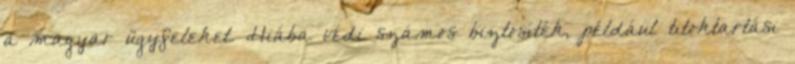
a magyar ügyfeleket. Hiába védi számos biztosíték, például titoktartási